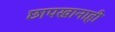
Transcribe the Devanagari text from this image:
छापखानाही